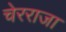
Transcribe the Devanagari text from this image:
चेरराजा